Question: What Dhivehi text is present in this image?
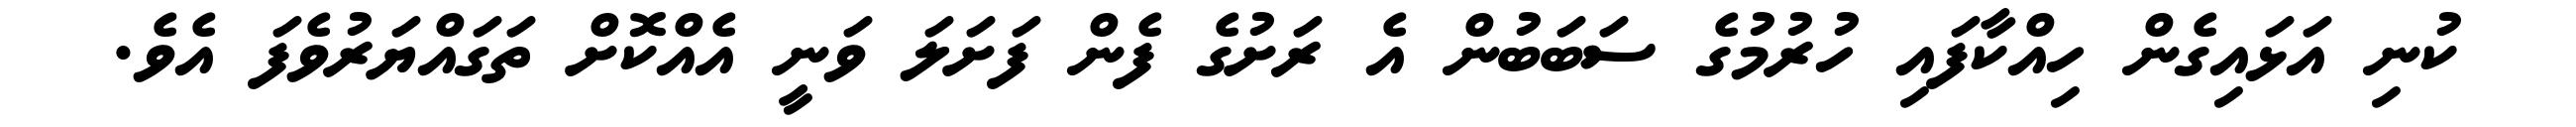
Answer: ކުނި އަޅައިގެން ހިއްކާފައި ހުރުމުގެ ސަބަބުން އެ ރަށުގެ ފެން ފަށަލަ ވަނީ އެއްކޮށް ތަގައްޔަރުވެފަ އެވެ.